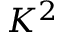
K ^ { 2 }